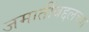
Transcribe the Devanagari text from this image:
जमातींबद्दलच्या